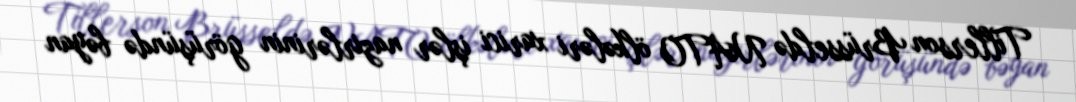
Tillerson Brüsseldə NATO ölkələri xarici işlər nazirlərinin görüşündə bəyan